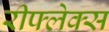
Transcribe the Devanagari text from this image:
रीफ्लेक्स